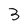
Character: 3